Scottish Certificate of Education, 1963
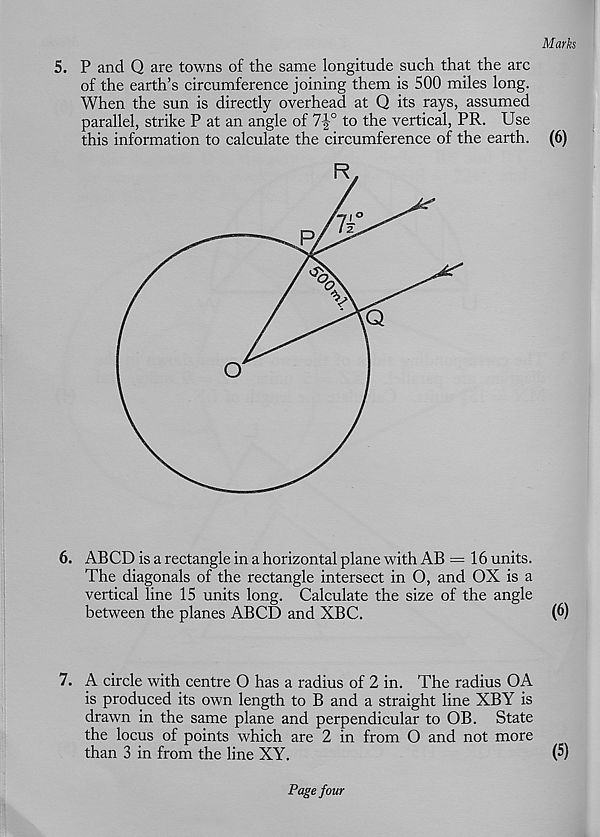
Marks
5. P and Q are towns of the same longitude such that the arc
of the earth’s circumference joining them is 500 miles long.
When the sun is directly overhead at Q its rays, assumed
parallel, strike P at an angle of 7|° to the vertical, PR. Use
this information to calculate the circumference of the earth. (6)
6. ABCD is a rectangle in a horizontal plane with AB = 16 units.
The diagonals of the rectangle intersect in O, and OX is a
vertical line 15 units long. Calculate the size of the angle
between the planes ABCD and XBC.
(6)
7. A circle with centre O has a radius of 2 in. The radius OA
is produced its own length to B and a straight line XBY is
drawn in the same plane and perpendicular to OB. State
the locus of points which are 2 in from O and not more
than 3 in from the line XY.
(5)
Page four